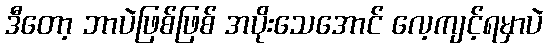
ဒီတော့ ဘာပဲဖြစ်ဖြစ် အပိုးသေအောင် လေ့ကျင့်ရမှာပဲ